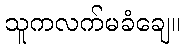
သူကလက်မခံချေ။